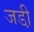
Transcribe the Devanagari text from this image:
जडी़